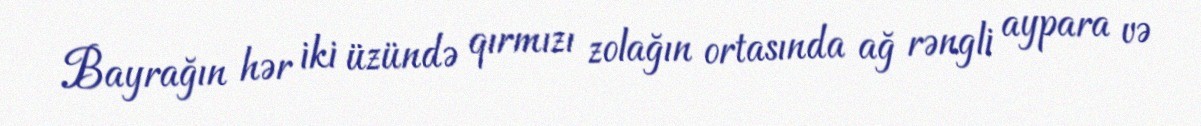
Bayrağın hər iki üzündə qırmızı zolağın ortasında ağ rəngli aypara və